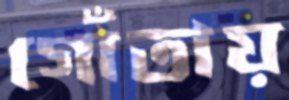
গোঁতায়